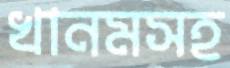
খানমসহ